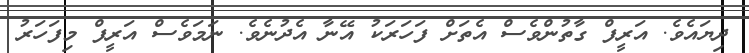
ދިޔައެވެ. އަރީފް ގާތުންވެސް އެތަށް ފަހަރަކު އޭނާ އެދުނެވެ. ނަމަވެސް އަރީފް މިފަހަރު